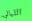
الليالي